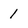
Character: I